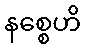
နစ္စေဟိ